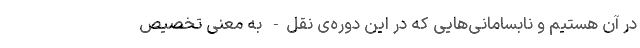
در آن هستیم و نابسامانی‌هایی که در این دوره‌ی نقل- به معنی تخصیص